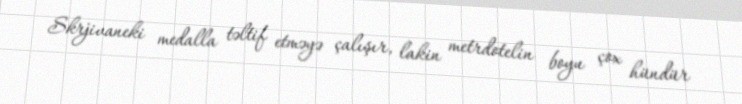
Skrjivaneki medalla təltif etməyə çalışır, lakin metrdotelin boyu çox hündür